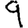
Digit: 9